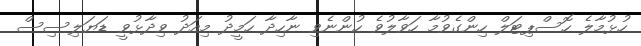
ހުޅުމާލެ ހޮސްޕިޓަލް ހިންގެވުމާ ހަވާލުވެ ހުންނެވި ނާހިދާ ހަމީދު މިއަދު ވިދާޅުވީ ޑަޔަލިސިސް